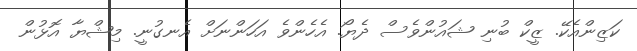
ކަޒިންއެކޭ. ޒީކް ބުނި ޝައުންވެސް ދެޔޯ. އެހެންވެ އަހަންނަށް އެނގުނީ. މިޝްޔާ އޮޅުން